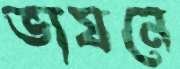
ভাষনে